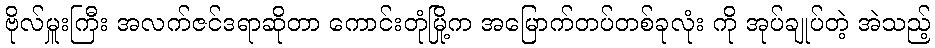
ဗိုလ်မှူးကြီး အလက်ဇင်ဒရာဆိုတာ ကောင်းတုံမြို့က အမြောက်တပ်တစ်ခုလုံး ကို အုပ်ချုပ်တဲ့ အဲသည့်